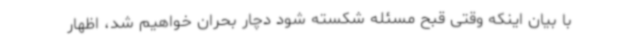
با بیان اینکه وقتی قبح مسئله شکسته شود دچار بحران خواهیم شد، اظهار